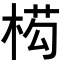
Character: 𭪡